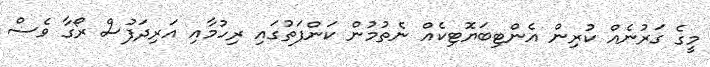
މީގެ ގަރުނެއް ކުރިން އެންޓިބަޔޮޓިކެއް ނެތުމުން ކަންފަތުގައި ރިހުމާއި އަރިދަފުސް ރޯގާ ވެސް